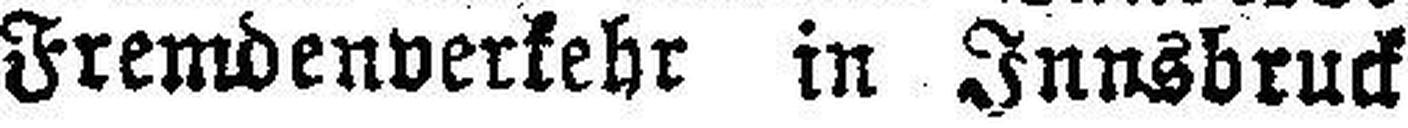
Fremdenverkehr in Innsbruck